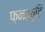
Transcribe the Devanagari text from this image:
फ़नाफ़ुटि